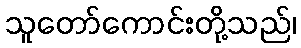
သူတော်ကောင်းတို့သည်၊